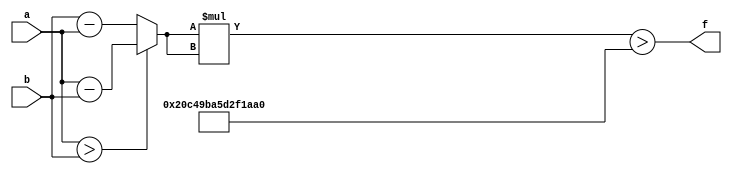
module maxse_mit(a, b, f);
parameter _bit = 34;
parameter maxse = 147573952572496544;
input [_bit - 1: 0] a;
input [_bit - 1: 0] b;
output f;
wire [_bit - 1: 0] diff;
wire [_bit * 2 - 1: 0] se;
assign diff = (a > b)? (a - b): (b - a);
assign se = diff * diff;
assign f = (se > maxse);
endmodule